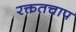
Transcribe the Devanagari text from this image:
रक्ततचाप